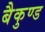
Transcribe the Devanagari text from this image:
बैकुण्ड